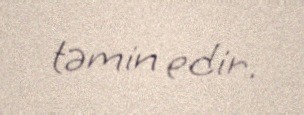
təmin edir.